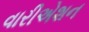
વારીએશન